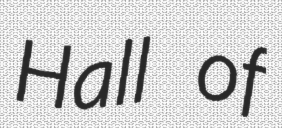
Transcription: Hall of